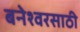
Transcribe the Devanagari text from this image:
बनेश्वरसाठी